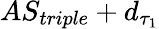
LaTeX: AS_{triple}+d_{\tau_{1}}